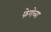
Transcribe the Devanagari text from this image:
फेणेच्या